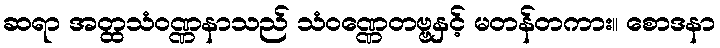
ဆရာ အတ္ထသံဝဏ္ဏနာသည် သံဝဏ္ဏေတဗ္ဗနှင့် မတန်တကား။ စောဒနာ